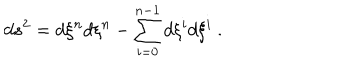
LaTeX: d s ^ { 2 } = d \xi ^ { n } d \xi ^ { n } - \sum _ { i = 0 } ^ { n - 1 } d \xi ^ { i } d \xi ^ { i } ~ .